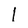
Character: 1